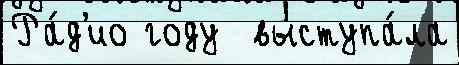
Ра́д'ио году  выступа́ла